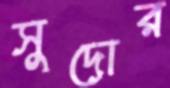
সুদোর